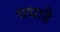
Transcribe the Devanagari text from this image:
यथाहै